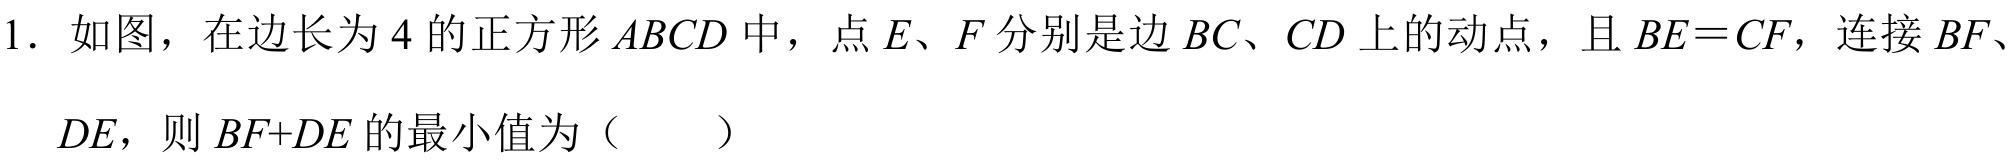
1. 如图，在边长为 \(4\) 的正方形 \(ABCD\) 中，点 \(E、F\) 分别是边 \(BC、CD\) 上的动点，且 \(BE = CF\)，连接 \(BF\)、
\(DE\)，则 \(BF + DE\) 的最小值为（  ）